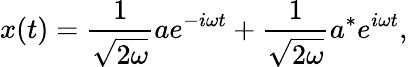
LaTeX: x(t)={\frac{1}{\sqrt{2\omega}}}ae^{-i\omega t}+{\frac{1}{\sqrt{2\omega}}}a^{*}e^{i\omega t},